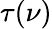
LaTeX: \tau(\nu)